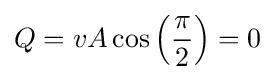
Q=vA\cos \left({\frac {\pi }{2}}\right)=0